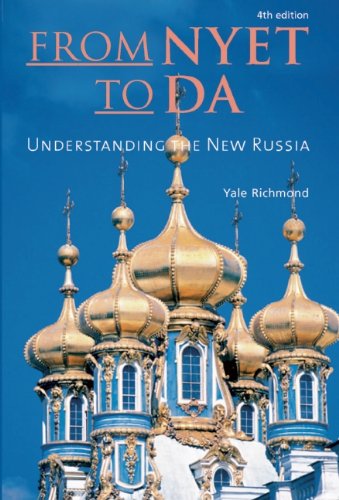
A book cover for From Nyet to Da: Understanding the New Russia; Yale Richmond; Travel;